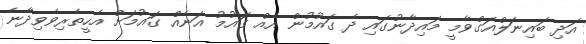
އަދި ބައިނަލްއަގްވާމީ މައިދާނުގައި ދެ ގައުމުން އެއް ގައުމު އަނެއް ގައުމަށް އެހީތެރިވެވިދާނެ